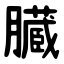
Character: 臓